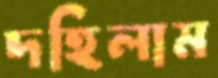
দহিলাম